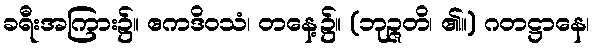
ခရီးအကြား၌။ ဧကဒိဝသံ၊ တနေ့၌။ (ဘုဉ္ဇတိ၊ ၏။) ဂတဋ္ဌာနေ၊